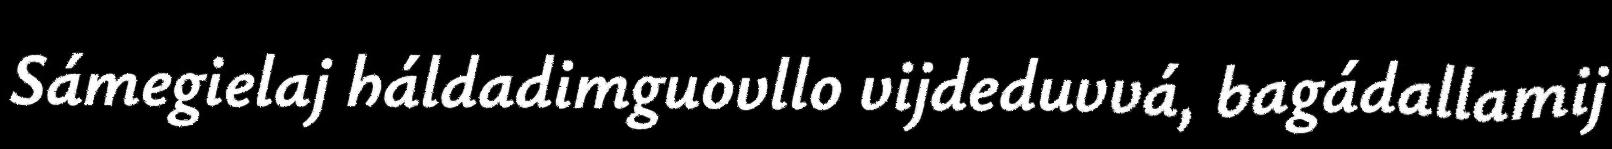
Sámegielaj háldadimguovllo vijdeduvvá, bagádallamij